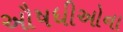
ઔષધીઓના